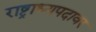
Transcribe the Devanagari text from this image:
राष्ट्राध्यपदावर